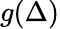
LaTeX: g(\Delta)